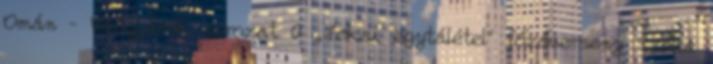
Omán – Világjárók sorozat 0 „Jókai egytálétel” főzőverseny Szőke